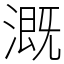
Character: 溉